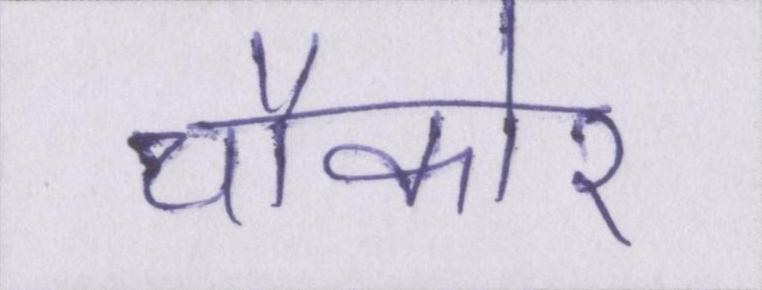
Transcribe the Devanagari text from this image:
चौकोर